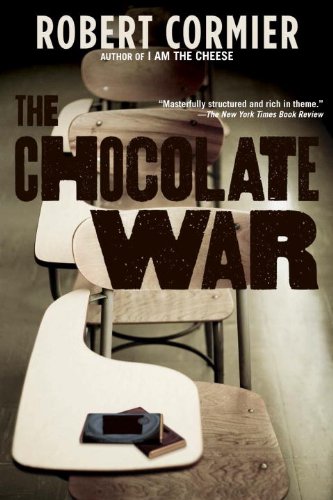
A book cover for The Chocolate War; Robert Cormier; Reference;